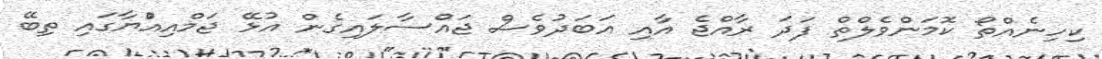
ކިހިނެއްތޯ ކޮމަންވެލްތް ފަދަ ރާއްޖެ އާއި އަބަދުވެސް ޖައްސާލައިގެން އުޅޭ ޖަމްއިއްުޔާގައި ތިބޭ